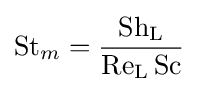
\mathrm {St} _{m}={\frac {\mathrm {Sh_{L}} }{\mathrm {Re_{L}} \,\mathrm {Sc} }}